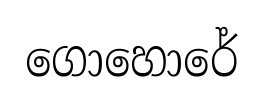
ගොහොරේ